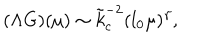
( \Lambda G ) ( \mu ) \sim \tilde { k } _ { c } ^ { - 2 } ( l _ { 0 } \mu ) ^ { \gamma } ,